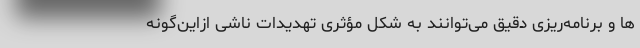
ها و برنامه‌ریزی دقیق می‌توانند به شکل مؤثری تهدیدات ناشی ازاین‌گونه